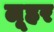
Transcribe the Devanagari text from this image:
लूहर